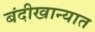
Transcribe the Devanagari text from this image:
बंदीखान्यात